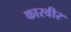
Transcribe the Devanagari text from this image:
कारवीर